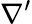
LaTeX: \nabla^{\prime}